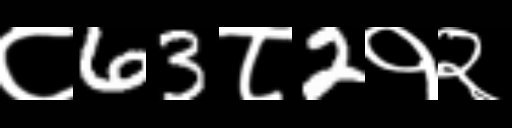
Text: ८63८2१२